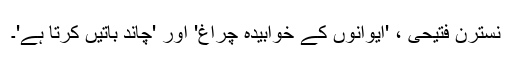
نسترن فتیحی ، 'ایوانوں کے خوابیدہ چراغ' اور 'چاند باتیں کرتا ہے'۔